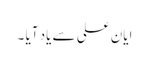
ایان علی سے یاد آیا ۔